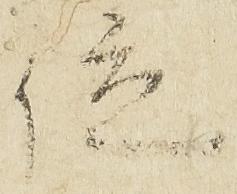
位